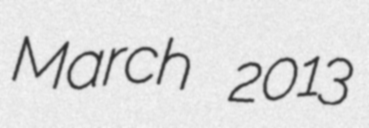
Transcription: March 2013